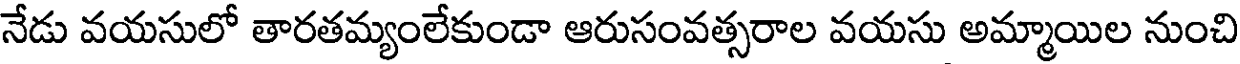
నేడు వయసులో తారతమ్యంలేకుండా ఆరుసంవత్సరాల వయసు అమ్మాయిల నుంచి